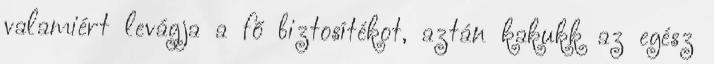
valamiért levágja a fő biztosítékot, aztán kakukk az egész